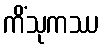
ကိံသုကဿ